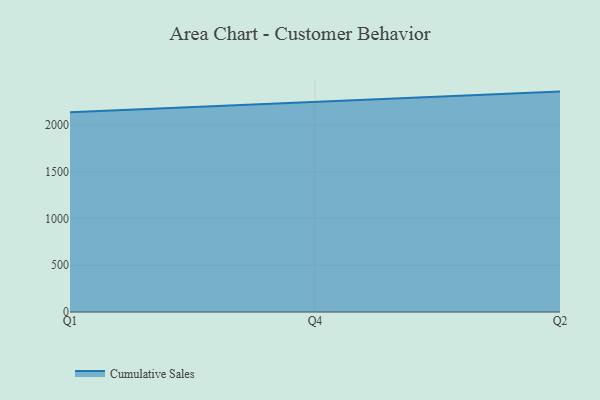
{"axis": {"x": "Quarter", "y": "Churn Rate (%)"}, "legend": ["Cumulative Sales"], "data": [{"x": "Q1", "y": 2135.1, "type": "Cumulative Sales"}, {"x": "Q4", "y": 2246.4, "type": "Cumulative Sales"}, {"x": "Q2", "y": 2356.5, "type": "Cumulative Sales"}]}